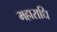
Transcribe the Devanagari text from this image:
महाराधि